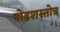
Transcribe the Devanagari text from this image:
षोडशस्तोत्र